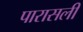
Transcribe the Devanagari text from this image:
पारासली